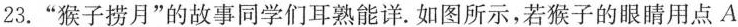
23.”猴子捞月”的故事同学们耳熟能详。如图所示，若猴子的眼睛用点A